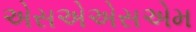
એસએએસએમ